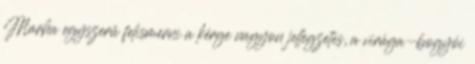
Marha egyszerű felismerni a kérge nagyon jellegzetes, a virága-bogyói